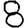
Digit: 8